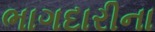
ભાગદારીના